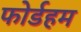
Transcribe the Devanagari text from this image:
फोर्डहम